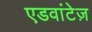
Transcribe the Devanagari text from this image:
एडवांटेज़